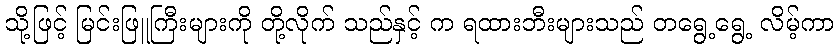
သို့ဖြင့် မြင်းဖြူကြီးများကို တို့လိုက် သည်နှင့် က ရထားဘီးများသည် တရွေ့ရွေ့ လိမ့်ကာ